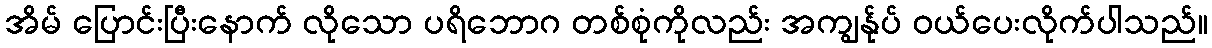
အိမ် ပြောင်းပြီးနောက် လိုသော ပရိဘောဂ တစ်စုံကိုလည်း အကျွန်ုပ် ဝယ်ပေးလိုက်ပါသည်။